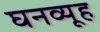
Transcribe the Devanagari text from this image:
घनव्यूह